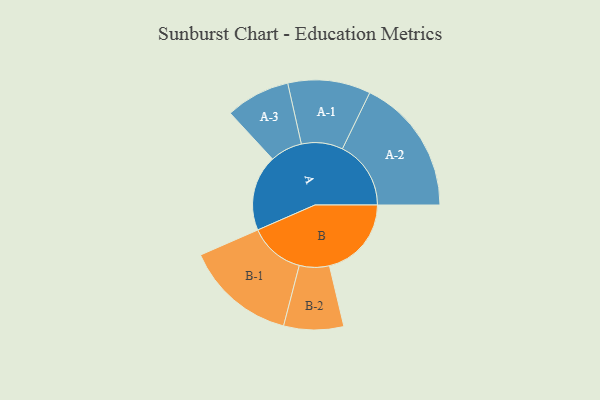
{"axis": {"x": "Segment", "y": "Value"}, "legend": ["", "A", "B"], "data": [{"x": "A", "y": 332, "type": ""}, {"x": "B", "y": 359, "type": ""}, {"x": "A-1", "y": 181, "type": "A"}, {"x": "A-2", "y": 300, "type": "A"}, {"x": "A-3", "y": 141, "type": "A"}, {"x": "B-1", "y": 243, "type": "B"}, {"x": "B-2", "y": 131, "type": "B"}]}